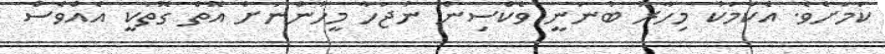
ކަމަށެވެ. އެކަމަކު މިހާރު ބުނަނީ ވެކްސިން ނުޖަހާ މީހުންނަށް އޮތް ގޮތަކީ އެއްވެސް